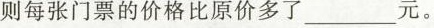
则每张门票的价格比原价多了___元。